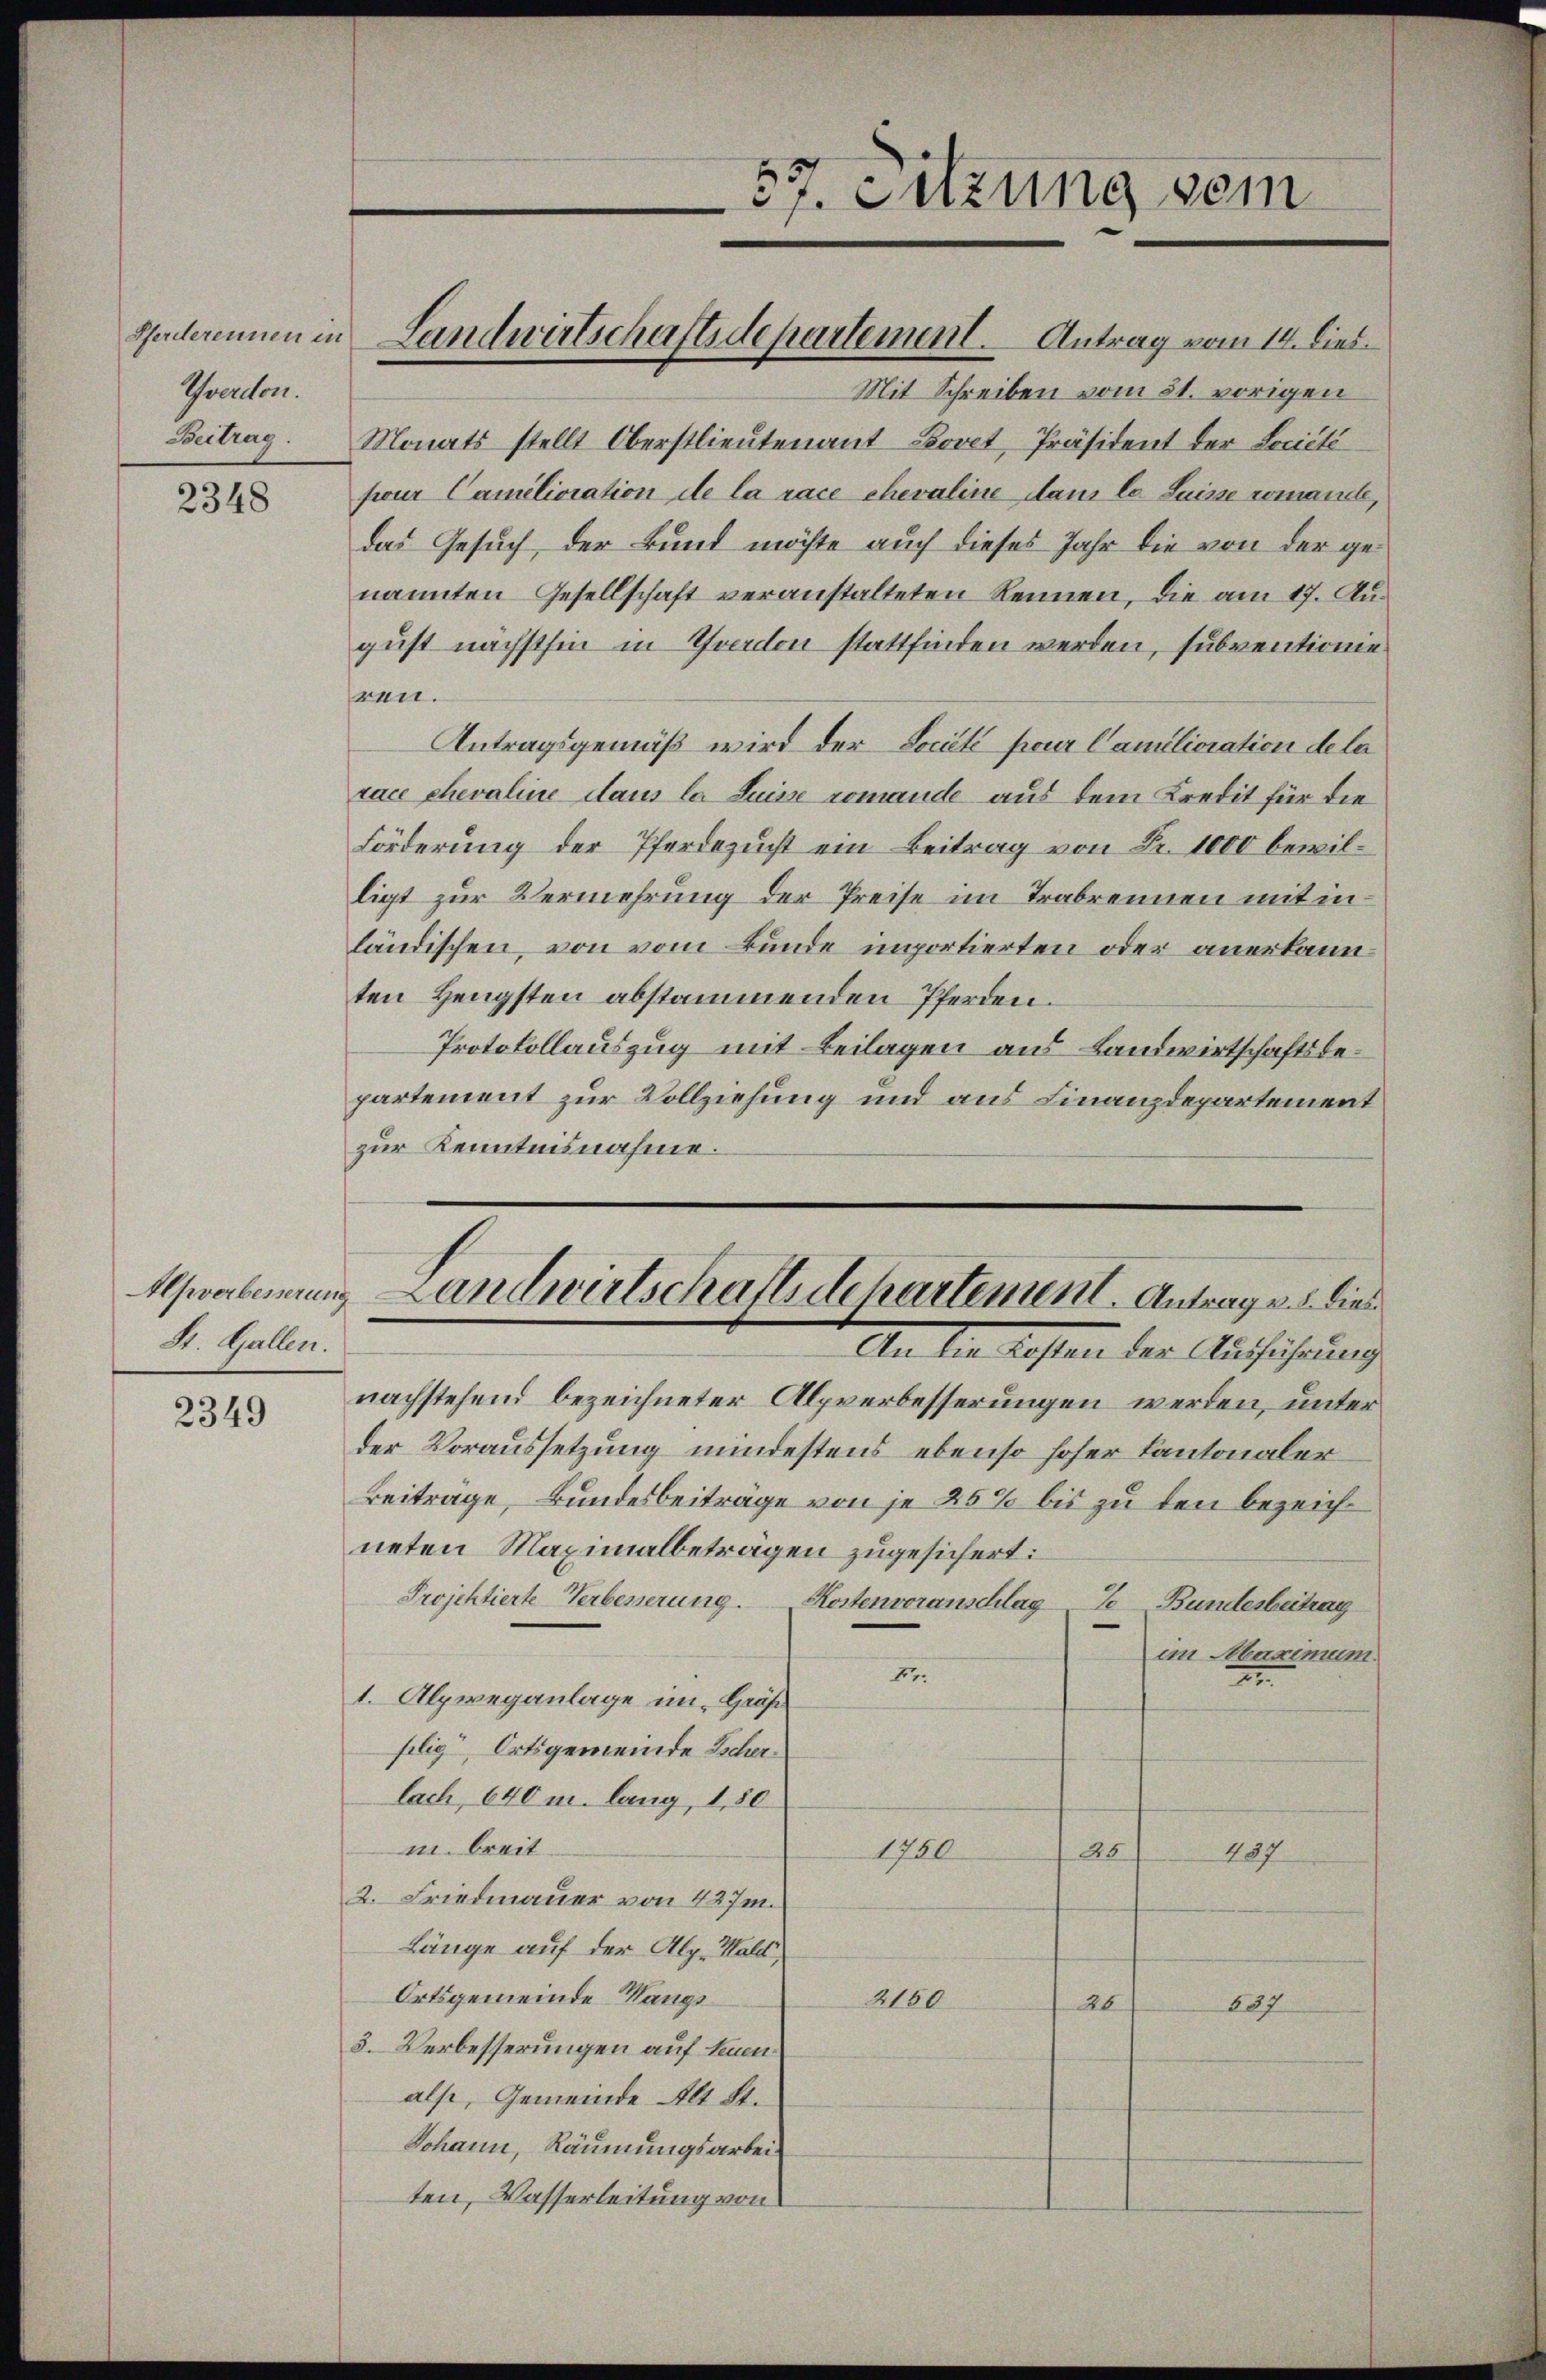
Pferderennen in
Yverdon.
Beitrag.

2348

Alpverbesserung
St. Gallen.

2349

Landwirtschaftsdepartement. Antrag vom 14. Dies

57. Sitzung sein

Mit Schreiben vom 31. vorigen
Monats stellt Oberstlieutenant Bovet, Präsident der Société
pour Camilioration de la race chevaline dans la Suisse romande,
das Gesuch der Bund möchte auch dieses Jahr die von der genannten Gesellschaft veranstalteten Rennen, die am 17. Au
gust nächsthin in Yverdon stattfinden werden, subventionie
ren.
Antragsgemäß wird der Société pour Camélioration de la
race chevaline Haus la Suisse romande aus dem Kredit für die
Förderung der Pferdezucht ein Beitrag von Fr. 1000 bewilligt zur Vermehrung der Preise im Trabrennen mit in
ländischen, von vom Bunde importierten oder anerkannten Hengsten abstammenden Pferden.
Protokollauszug mit Beilagen aus Landwirtschaftsbepartement zur Vollziehung und aus Finanzdepartement
zur Kenntnisnahme.
Landwirtschaftsdchartement. Antrages dies
An die Kosten der Ausführung
nachstehend bezeichneter Alpverbesserungen werden, unter
der Voraussetzung mindestens ebenso hoher Kantonaler
Beitrage, Bundesbeiträge von je 25% bis zu den bezeichneten Maximalbeträgen zugesichert:
Projektierte Verbesserung. Kostenvoranschlag
S Bundesbeitrag
an Maximum.
F
2
1. Alpweganlage im Gräß
silig, Ortsgemeinde Sicher
lach, 640 m. lang, 1,80
m. breit
1750
26
487
2. Friedmauer von 427m
Länge auf der Alp. Hald
Ortsgemeinde Rangs¬
2160
20
687
3. Verbesserungen auf Leuen
alse, Gemeinde Alt St.
Johann, Räumungsarbeiten, Wasserleitung von